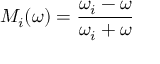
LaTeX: { \cal M } _ { i } ( \omega ) = { \frac { \omega _ { i } - \omega } { \omega _ { i } + \omega } }